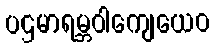
ပဌမာရမ္ဘဝါကျေယေဝ